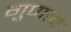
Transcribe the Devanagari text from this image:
गुणत्व